Annual report on the health of the army in India
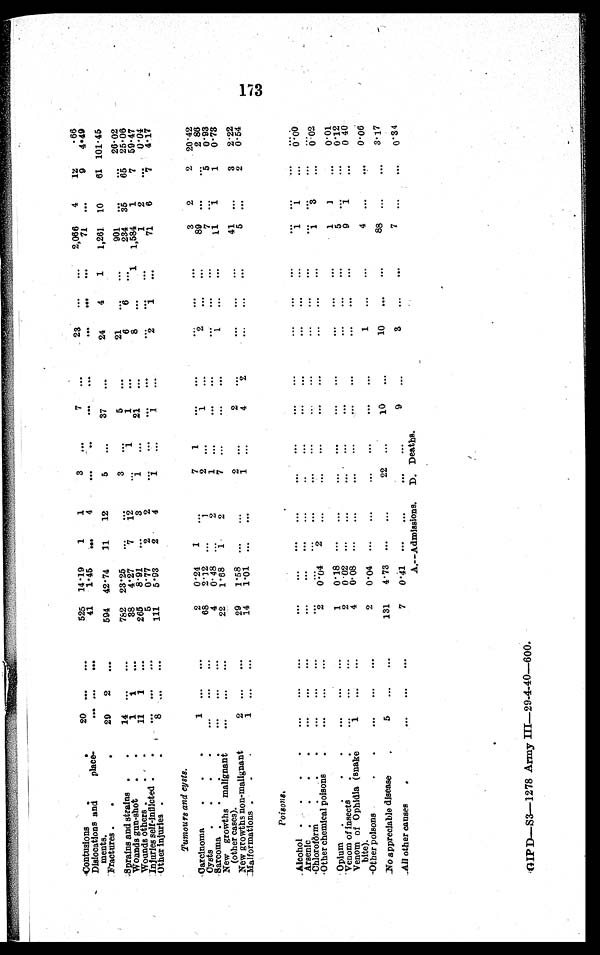
Contusions .
20
. . .
. . .
525 14.19
1
1
3
. . .
7
. . .
23
. . .
. . .
2,066
4
12
.66
Dislocations and place
¬ments.
. . .
. . .
. . .
41
1.45
. . .
4
. . .
. . .
. . . . . .
. . . ...
. . .
71
. . .
9
4.49
Fractures.
. .
29
2
. . .
594 42.74
11
12
5
...
37
. . .
24
4
1
1,261
10
61 101.45
Sprains and strains . .
1
. . .
. . .
782 23.25
. . .
. . .
3
...
5
. . .
21
. . .
. . .
901
. . .
. . . 26.02
Wounds gun-shot
.
.
1
1
. . .
38
4.27
7
1 2
. . .
1
1
. . .
6
6
. . .
234
3 5
6 5 25.06
Wounds others . . .
11
1
. . .
265
8.91
. . .
3
1
...
21
. . .
8
. . .
1
1,584
1
7 59.47
Injuries self-Inflicted . .
. . .
. . .
. . .
5
0.77
. . .
2
. . .
..
. . .
. . .
. . .
. . .
. . .
1
2
. . . 0.04
Other injuries .
8
. . .
. . .
111
5.93
2
4
1
...
1
. . .
2
1
. . .
71
6
7
4.17
Tumours and cysts.
Carcinoma
. . .
1
. . .
. . .
2
0.24
1
. . .
7
1
. . .
. . .
. . .
. . .
. . .
3
2
2 20.42
Cysts
. . . .
. . .
. . .
. . .
68
2.12
. . .
1
2 ...
1
. . .
2
. . .
. . .
89
. . .
. . . 2 . 8 9
Sarcoma
. . .
. . .
. . . .
4
0.48
. . .
2
1 ...
. . .
. . .
. . .
. . .
. . .
7
. . .
. . . 0.93
New growths malignant
(other cases).
. . .
. . .
. . .
. . .
22
1.68
1
2
7 ...
. . .
. . .
1
. . .
. . .
11
1
1
0.73
New growths non-malignant
2
. . .
. . .
29
1.58
. . .
. . .
2 ...
2
. . .
. . .
. . .
. . .
41
. . .
3
2.22
Malformations . . .
1
. . .
. . .
14
1.01
. . .
. . .
1 ...
4
2
. . .
. . .
. . .
5
. . .
2
0.54
Poisons.
Alcohol.
. . .
. . .
. . .
. . . .
. . .
. . .
. . .
. . .
. . .
...
. . .
. . .
. . . .
. . .
. . .
. . .
. . .
. . .
. . .
Arsenic . . . .
. . .
. . .
. . .
. . .
. . .
. . .
. . .
. . . ...
. . .
. . .
. . .
. . .
. . .
. . .
1
1
0.00
Chloroform
. . .
. . .
. . .
. . .
. . .
. . .
. . .
. . .
. . .
...
. . .
. . .
. . .
. . .
. . .
. . .
. . .
. . .
. . .
Other chemical poisons
.
. . .
. . .
. . .
2 0.04
2
. . .
. . .
...
. . .
. . .
. . .
. . .
. . .
1
3
. . .
0 . 0 2
Opium
. . . .
. . .
. . .
. . .
1
0.18
. . .
. . .
. . .
...
. . .
. . .
. . .
. . .
. . .
1
1
. . .
0.01
Venom of Insects
. .
. . .
. . .
. . .
2
0. 02
. . .
. . .
. . .
...
. . .
. . .
. . .
. . .
. . .
5
. . .
. . .
0.12
Venom of Ophidia (snake
bite).
1
. . .
. . .
4
0. 08
. . .
. . .
. . .
...
. . .
. . .
. . .
. . .
. . .
9
1
. . .
0. 40
Other poisons.
.
. . .
. . .
. . .
2
0.04
. . .
. . .
. . .
...
. . .
. . .
1
. . .
. . .
4
. . .
. . .
0.06
No appreciable disease
5
. . .
. . .
131
4.73
. . .
. . .
22 ...
10
. . .
10
. . .
. . .
88
. . .
. . .
3.17
All other causes
.
. . .
. . .
. . .
7
0 . 4 1
. . .
. . .
. . .
...
9
. . .
3 ...
. . .
7
. . .
. . .
0.34
A.—Admissions. D. Deaths.
173
GIPD—S3—1278 Army III—29-4-40—600.